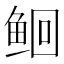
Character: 𫚔